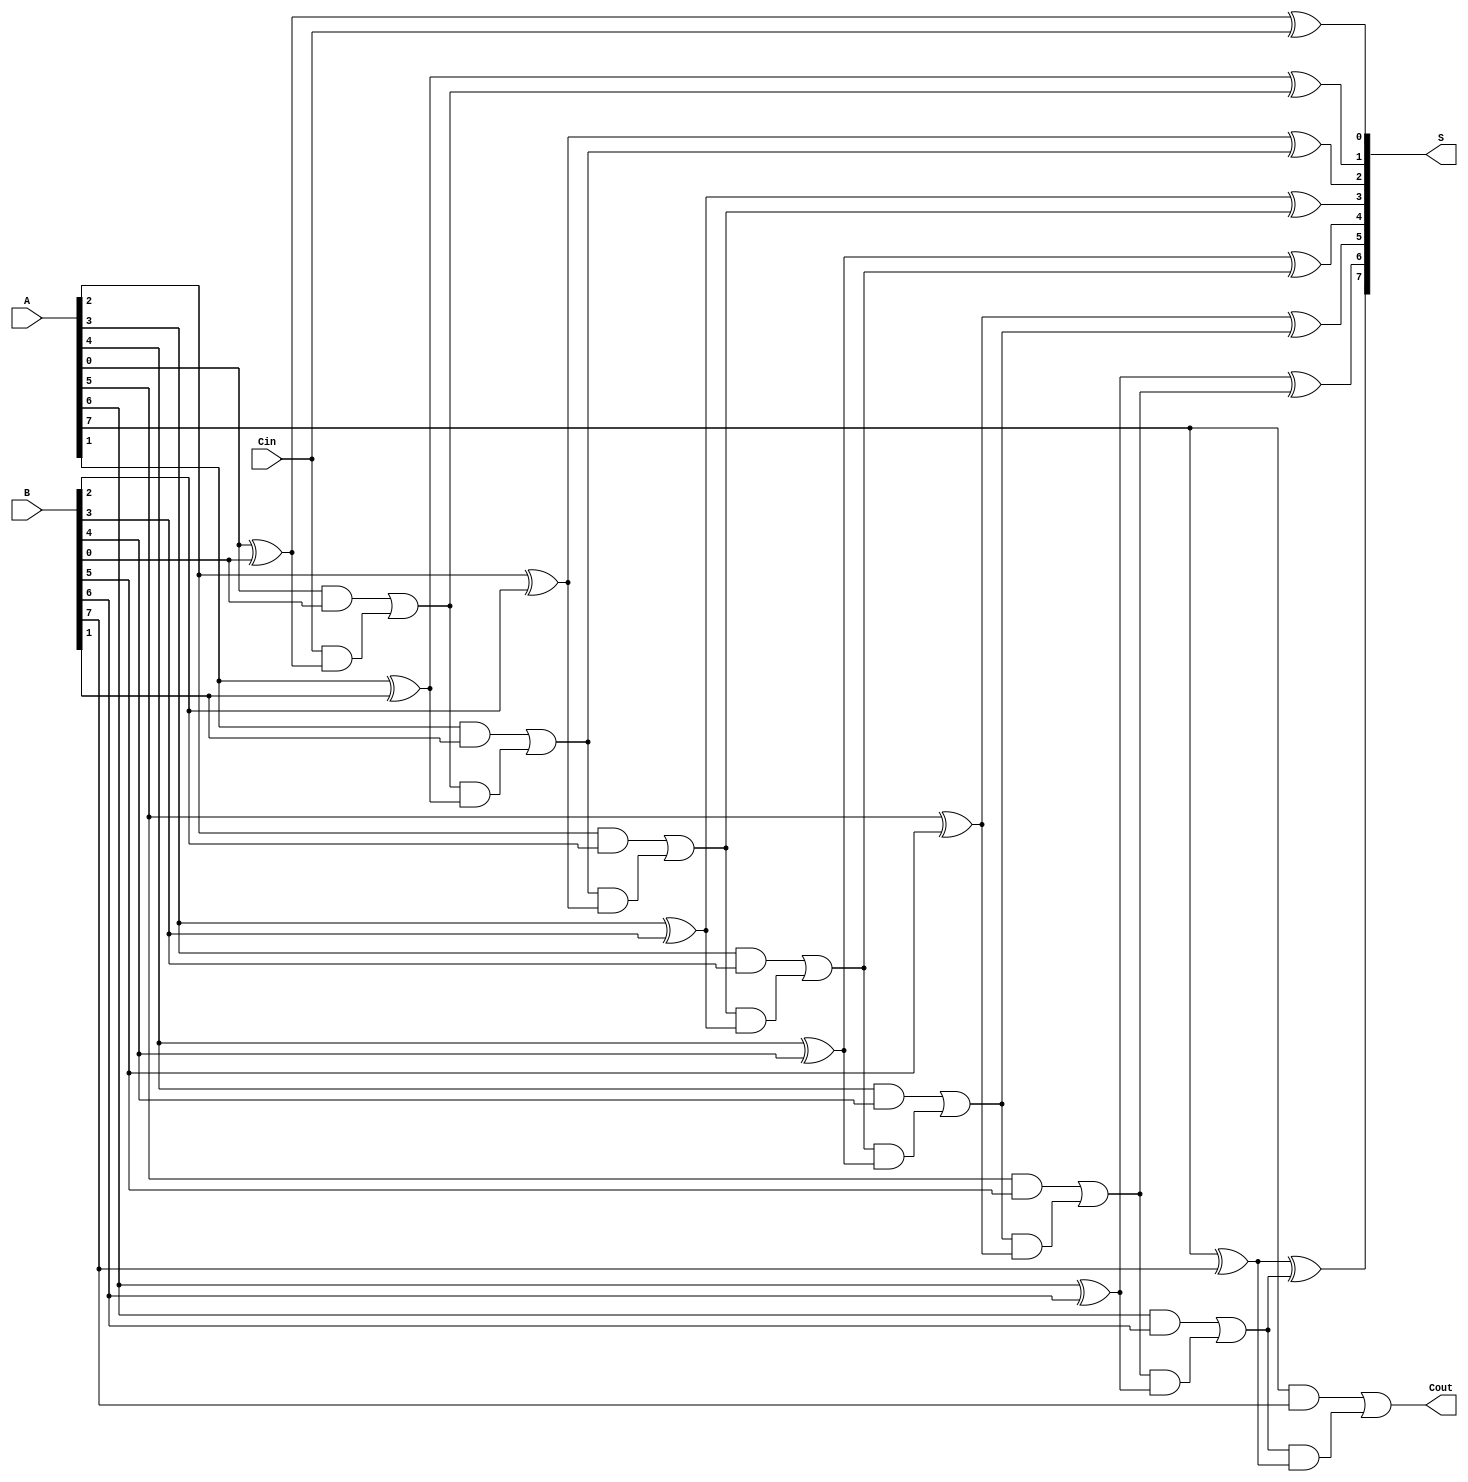
module LingAdder #(parameter N = 8) (
    input  [N-1:0] A,      // First n-bit input
    input  [N-1:0] B,      // Second n-bit input
    input         Cin,      // Carry-in
    output [N-1:0] S,      // Sum output
    output        Cout      // Carry-out
);

    wire [N:0] C;          // Carry signals (C[0] = Cin, C[N] = Cout)
    assign C[0] = Cin;     // Initial carry-in

    genvar i;
    generate
        for (i = 0; i < N; i = i + 1) begin : adder
            // Sum generation
            assign S[i] = A[i] ^ B[i] ^ C[i]; // S[i] = A[i] XOR B[i] XOR C[i]

            // Carry generation
            assign C[i+1] = (A[i] & B[i]) | (C[i] & (A[i] ^ B[i])); // C[i+1] = (A[i] AND B[i]) OR (C[i] AND (A[i] XOR B[i]))
        end
    endgenerate

    assign Cout = C[N]; // Final carry-out

endmodule